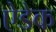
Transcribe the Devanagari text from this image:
ऐडेक